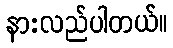
နားလည်ပါတယ်။